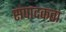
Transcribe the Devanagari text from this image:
संपादकता